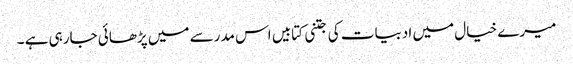
میرے خیال میں ادبیات کی جتنی کتابیں اس مدرسے میں پڑھائی جارہی ہے ۔